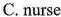
C.nurse